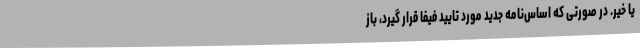
یا خیر. در صورتی که اساس‌نامه جدید مورد تایید فیفا قرار گیرد، باز